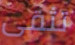
تثقى